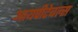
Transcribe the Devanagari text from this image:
आयपीटेबल्स